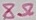
Text: 8Ω